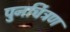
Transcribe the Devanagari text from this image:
पुनर्चित्रण